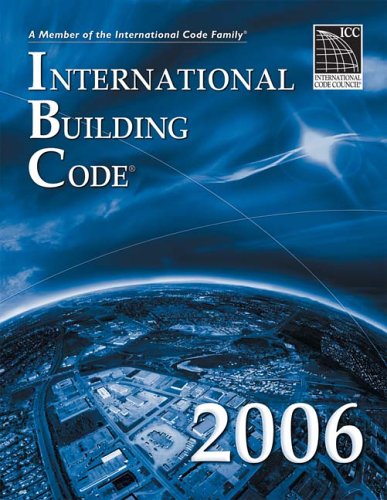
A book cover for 2006 International Building Code (International Code Council Series); International Code Council; Science & Math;